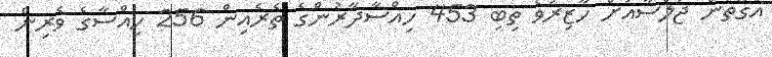
އެގޮތުން ޖަލްސާއަށް ހާޒިރުވެ ތިބި 453 ހިއްސާދާރުންގެ ތެރެއިން 256 ހިއްސާގެ ވެރިން